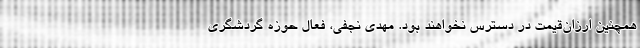
همچنین ارزان‌قیمت در دسترس نخواهند بود. مهدی نجفی، فعال حوزه گردشگری